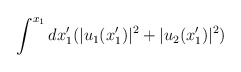
\begin{align*}\int^{x_1} dx_1^{\prime} (|u_1(x_1^{\prime})|^2 + |u_2(x_1^{\prime})|^2)\end{align*}